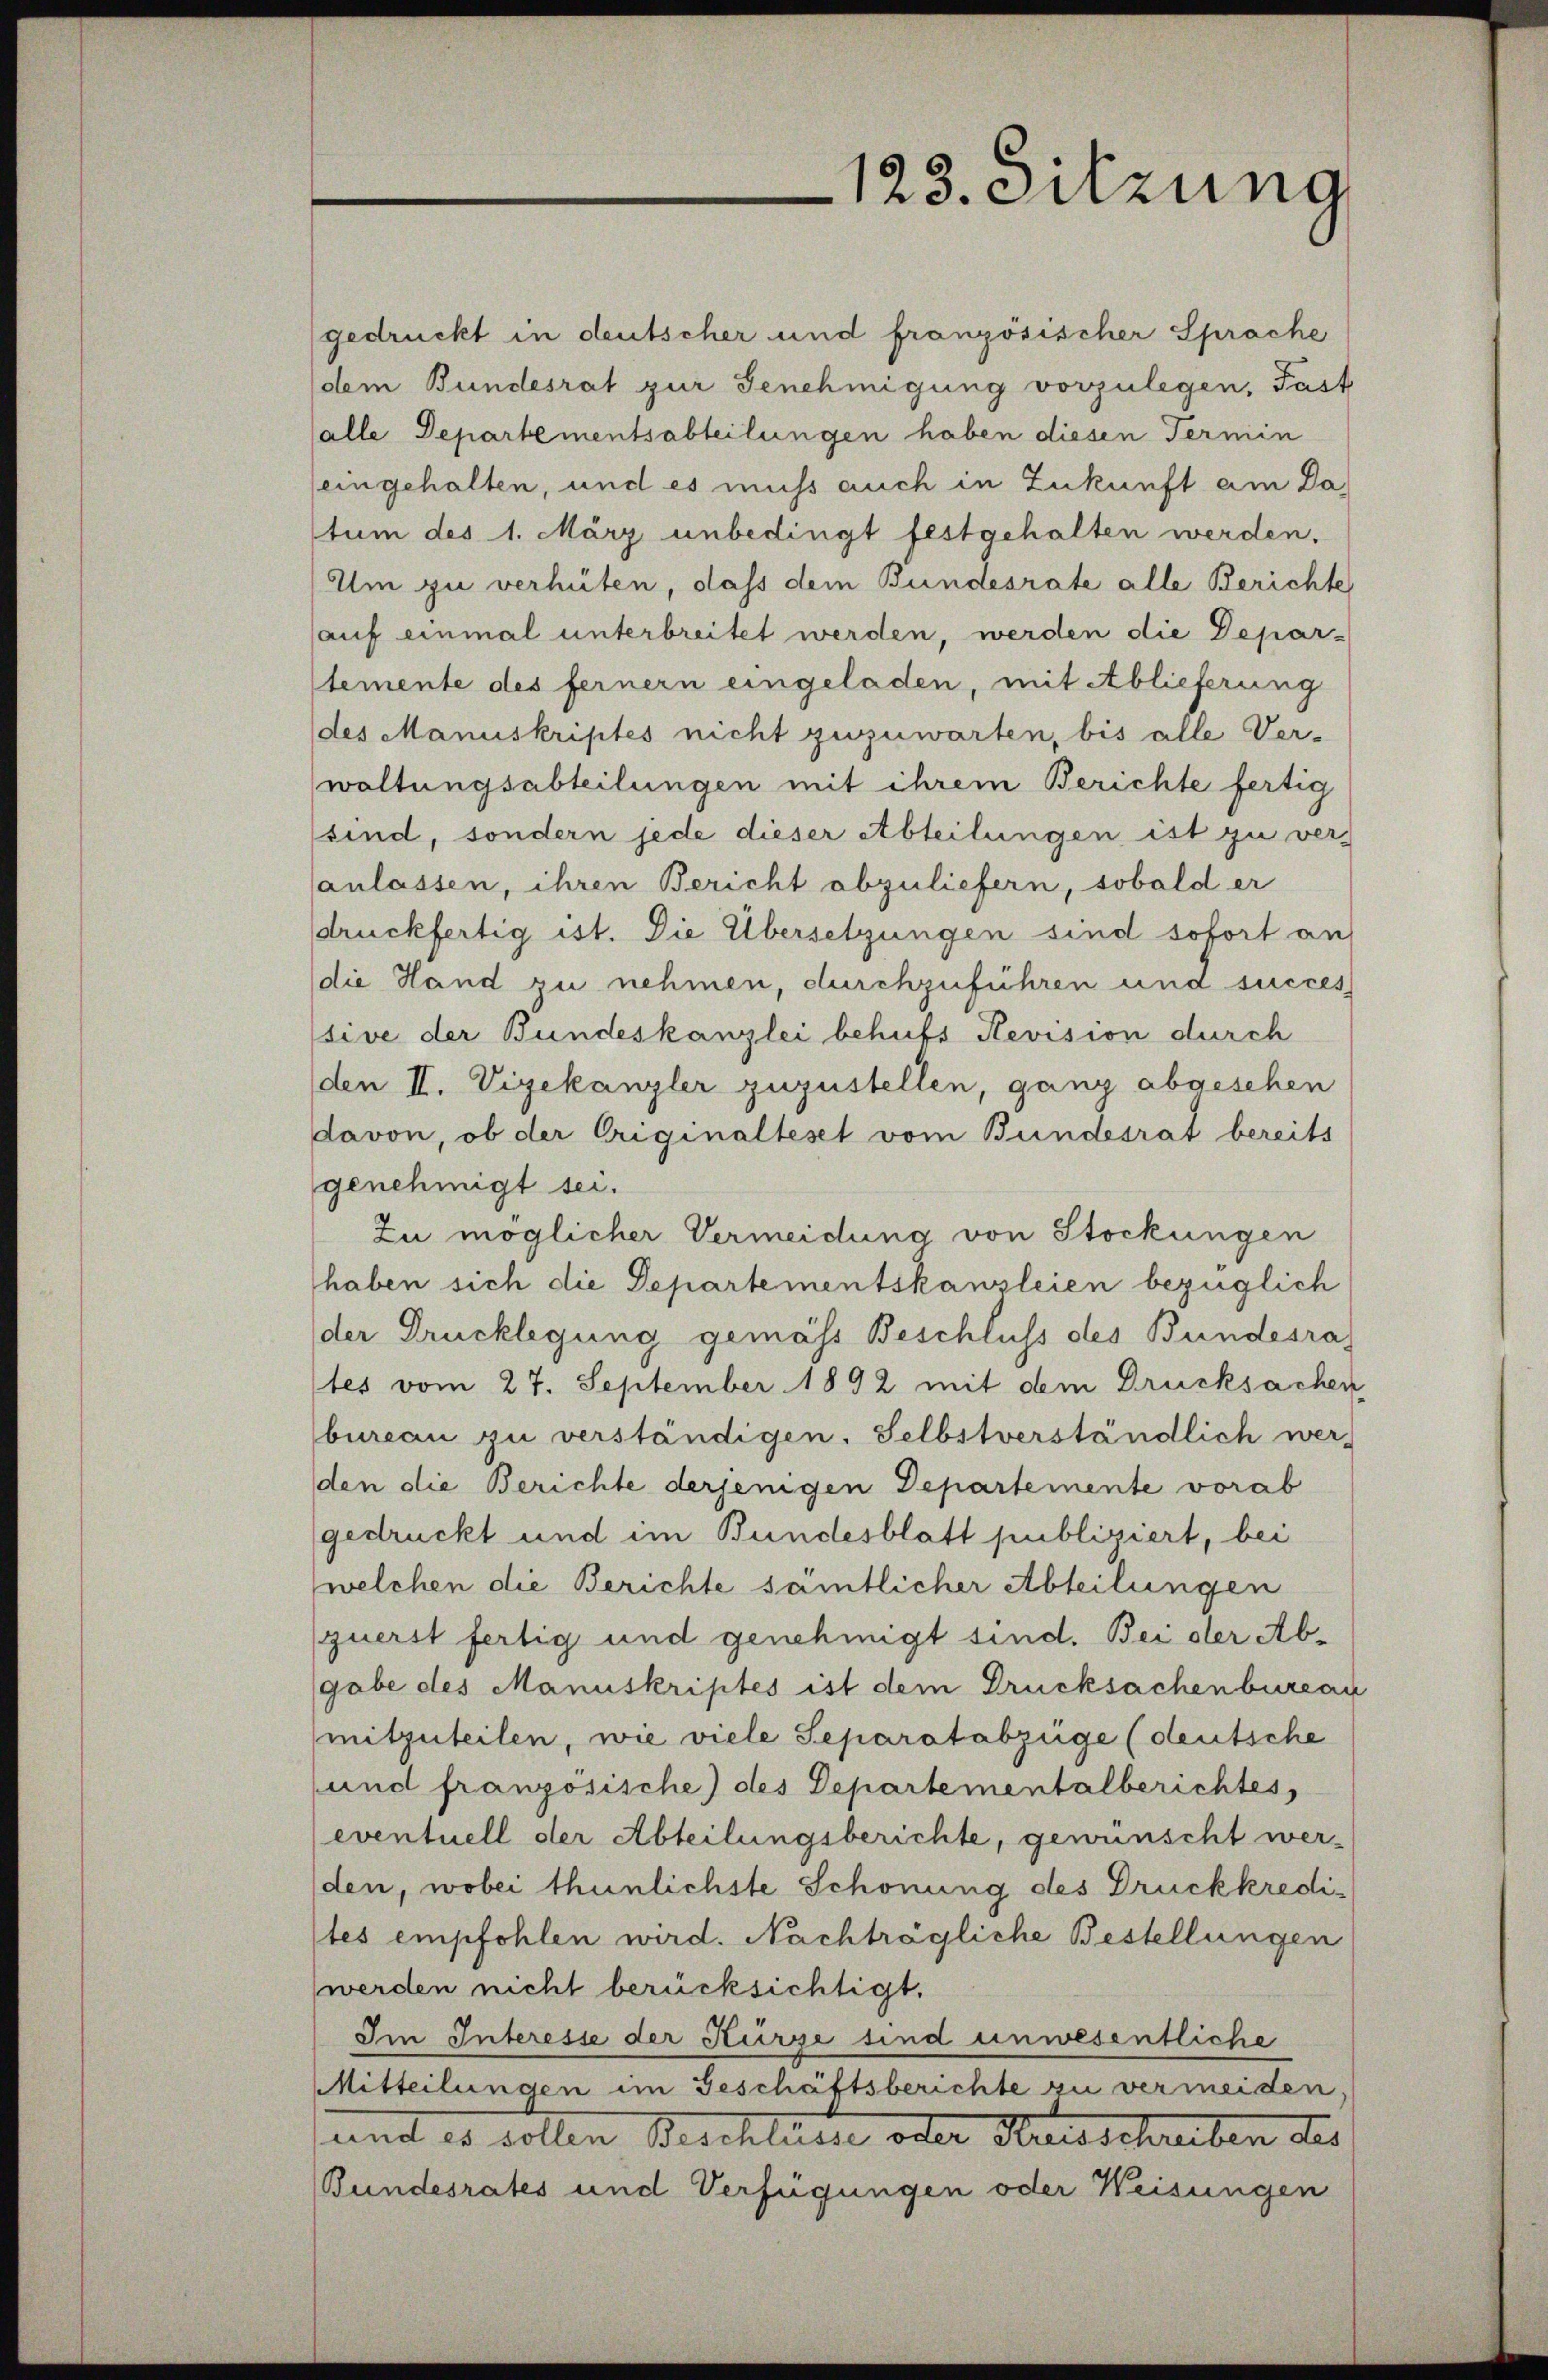
gedruckt in deutscher und französischer Sprache
dem Bundesrat zur Genehmigung vorzulegen, Past
alle Departementsabteilungen haben diesen Termin
eingehalten, und es muss auch in Zukunft am Da
stum des 1. März unbedingt festgehalten werden.
Um zu verhüten, dass dem Bundesrate alle Berichte
auf einmal unterbreitet werden, werden die Depar-
temente des fernern eingeladen, mit Ablieferung
des Manuskriptes nicht zuzuwarten, bis alle Ver-
waltungsabteilungen mit ihrem Berichte fertig
sind, sondern jede dieser Abteilungen ist zu veranlassen, ihren Bericht abzuliefern, sobald er
druckfertig ist. Die Übersetzungen sind sofort an
die Hand zu nehmen, durchzuführen und succes
sive der Bundeskanzlei behufs Revision durch
(den II. Vizekanzler zuzustellen, ganz abgesehen
davon, ob der Originaltest vom Bundesrat bereits
genehmigt sei.
Zu möglicher Vermeidung von Stockungen
haben sich die Departementskanzleien bezüglich
der Drucklegung gemäss Beschluss des Bundesra
tes vom 27. September 1892 mit dem Drucksachen
bureau zu verständigen. Selbstverständlich wer-
den die Berichte derjenigen Departemente vorab
gedruckt und im Bundesblatt publiziert, bei
welchen die Berichte sämtlicher Abteilungen
querst fertig und genehmigt sind. Bei der Abgabe des Manuskriptes ist dem Drucksachenbureau
mitzuteilen, wie viele Separatabzüge (deutsche
und französische) des Departementalberichtes,
eventuell der Abteilungsberichte, gewünscht werden, wobei thunlichste Schonung des Druckkredites empfohlen wird. Nachträgliche Bestellungen
werden nicht berücksichtigt.
Im Interesse der Kürze sind unwesentliche
Mitteilungen im Geschäftsberichte zu vermeiden,
und es sollen Beschlüsse oder Statisschreiben des
Bundesrates und Verfügungen oder Weisungen

123. Sitzung